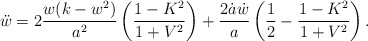
\begin{align*} \ddot{w}= 2 \frac{w (k-w^2)}{a^2} \left(\frac{1-K^2}{1+V^2}\right) + \frac{2 \dot{a} \dot{w}}{a} \left(\frac12-\frac{1-K^2}{1+V^2}\right).\end{align*}